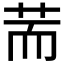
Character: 荋